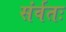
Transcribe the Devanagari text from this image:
संर्वतः